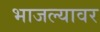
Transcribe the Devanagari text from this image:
भाजल्यावर